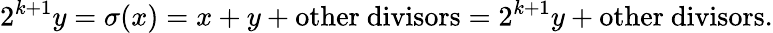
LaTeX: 2^{k+1}y=\sigma(x)=x+y+{\mathrm{other~divisors}}=2^{k+1}y+{\mathrm{other~divisors}}.